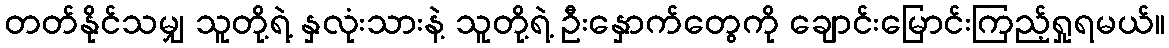
တတ်နိုင်သမျှ သူတို့ရဲ့ နှလုံးသားနဲ့ သူတို့ရဲ့ ဦးနှောက်တွေကို ချောင်းမြောင်းကြည့်ရှုရမယ်။